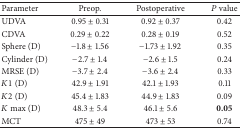
| Parameter | Preop. | Postoperative | P value |
 | --- | --- | --- | --- |
 | UDVA | 0.95 ± 0.31 | 0.92 ± 0.37 | 0.42 |
 | CDVA | 0.29 ± 0.22 | 0.28 ± 0.19 | 0.52 |
 | Sphere (D) | −1.8 ± 1.56 | −1.73 ± 1.92 | 0.35 |
 | Cylinder (D) | −2.7 ± 1.4 | −2.6 ± 1.5 | 0.24 |
 | MRSE (D) | −3.7 ± 2.4 | −3.6 ± 2.4 | 0.33 |
 | K1 (D) | 42.9 ± 1.91 | 42.1 ± 1.93 | 0.11 |
 | K2 (D) | 45.4 ± 1.83 | 44.9 ± 1.83 | 0.09 |
 | K max (D) | 48.3 ± 5.4 | 46.1 ± 5.6 | 0.05 |
 | MCT | 475 ± 49 | 473 ± 53 | 0.74 |